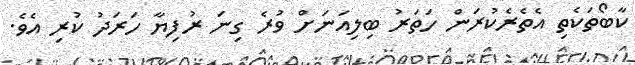
ކާބޯތަކެތި އެތެރެކުރަން ހަތަރު ބިލިއަނަށް ވުރެ ގިނަ ރުފިޔާ ހަރަދު ކުރި އެވެ.